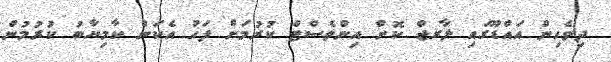
ދިވެހިން އައްޑޫގައި ލާރޖް ކޮށް އިންވެސްޓް ކުރުމަށް ފަހު އެކަން ކާމިޔާބު ކުރުމުން